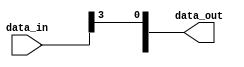
module bit_select_example (
    input [7:0] data_in,
    output reg [7:0] data_out
);

always @* begin
    // Assign bit 3 of data_in to bit 0 of data_out
    data_out[0] = data_in[3];
    
    // Assign bits 4 to 7 of data_in to bits 4 to 7 of data_out
    data_out[4:7] = data_in[4:7];
end

endmodule